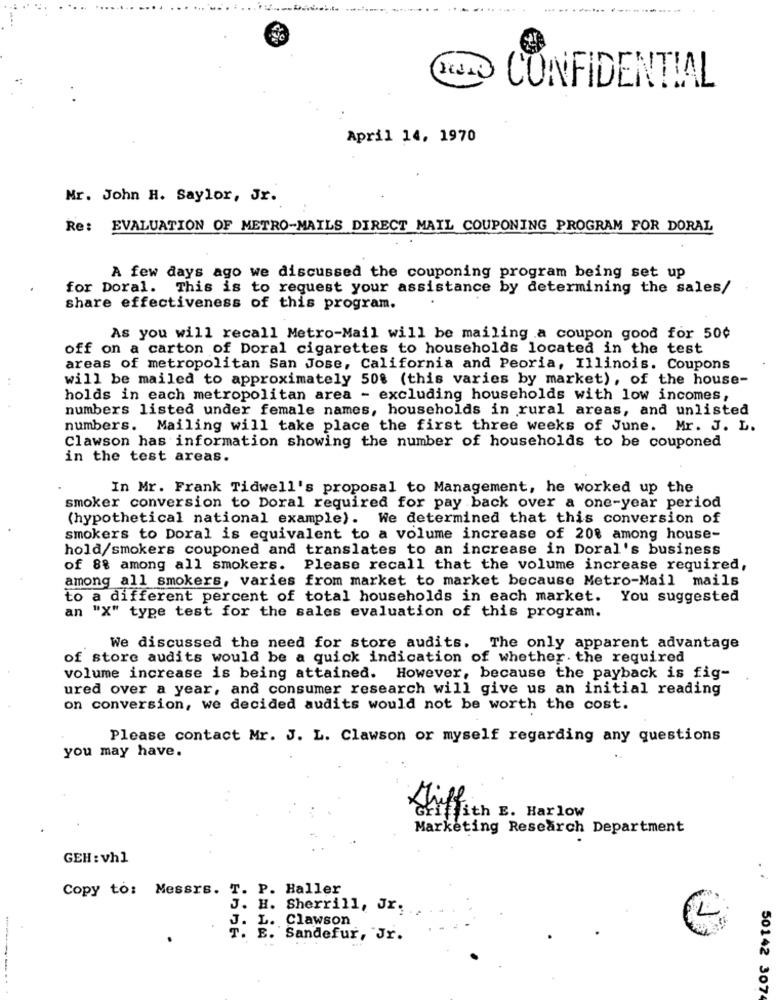
...... ....... ...........
CONFIDENTIAL
April 14, 1970
Mr. John H. Saylor, Jr.
Re: EVALUATION OF METRO-MAILS DIRECT MAIL COUPONING PROGRAM FOR DORAL
A few days ago we discussed the couponing program being set up
for Doral. This is to request your assistance by determining the sales/
share effectiveness of this program.
As you will recall Metro-Mail will be mailing a coupon good for 50¢
off on a carton of Doral cigarettes to households located in the test
areas of metropolitan San Jose, California and Peoria, Illinois. Coupons
will be mailed to approximately 508 (this varies by market), of the house-
holds in each metropolitan area - excluding households with low incomes,
numbers listed under female names, households in rural areas, and unlisted
numbers. Mailing will take place the first three weeks of June. Mr. J. L.
Clawson has information showing the number of households to be couponed
in the test areas.
In Mr. Frank Tidwell's proposal to Management, he worked up the
smoker conversion to Doral required for pay back over a one-year period
(hypothetical national example). We determined that this conversion of
smokers to Doral is equivalent to a volume increase of 208 among house-
hold/smokers couponed and translates to an increase in Doral's business
of 88 among all smokers. Please recall that the volume increase required,
among all smokers, varies from market to market because Metro-Mail mails
to a different percent of total households in each market. You suggested
an "X" type test for the sales evaluation of this program.
We discussed the need for store audits. The only apparent advantage
of store audits would be a quick indication of whether. the required
volume increase is being attained. However, because the payback is fig-
ured over a year, and consumer research will give us an initial reading
on conversion, we decided audits would not be worth the cost.
Please contact Mr. J. L. Clawson or myself regarding any questions
you may have.
Griffith E. Harlow
Marketing Research Department
GEH : vh1
Copy to: Messrs. T. P. Haller
J. H. Sherrill, Jr,
J. L. Clawson
T. E. Sandefur, Jr.
50142 307